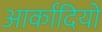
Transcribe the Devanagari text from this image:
आर्कादियो